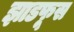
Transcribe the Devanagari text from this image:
झाडफूस